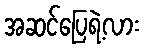
အဆင်ပြေရဲ့လား